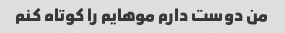
من دوست دارم موهایم را کوتاه کنم